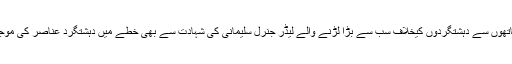
انہوں نے کہا کہ امریکی ہاتھوں سے دہشتگردوں کیخلاف سب سے بڑا لڑنے والے لیڈر جنرل سلیمانی کی شہادت سے بھی خطے میں دہشتگرد عناصر کی موجودگی میں اضافہ کرے گا۔